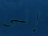
إلى